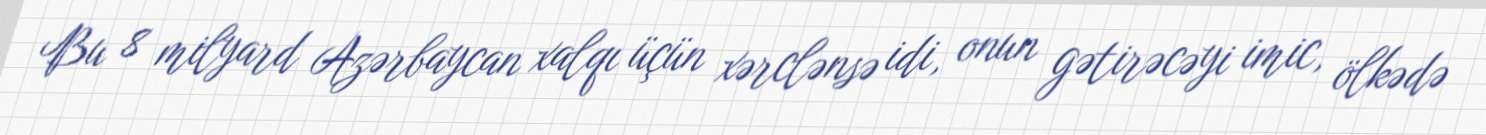
Bu 8 milyard Azərbaycan xalqı üçün xərclənsə idi, onun gətirəcəyi imic, ölkədə